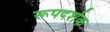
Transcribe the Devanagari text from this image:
रूपदर्शक